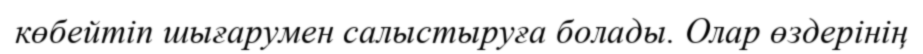
көбейтіп шығарумен салыстыруға болады. Олар өздерінің